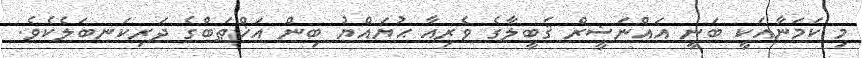
މި ކަމަނާއަކީ ބަނީ އައްނަޟީރް ޤަބީލާގެ ވެރިއާ ޙުޔައްޔު ބިން އަޚްޠަބްގެ ދަރިކަނބަލެކެވެ.